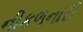
નીકળનારી